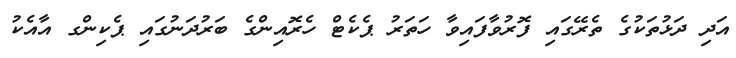
އަދި ދަޅުތަކުގެ ތެރޭގައި ފޮރުވާފައިވާ ހަތަރު ޕެކެޓް ހެރޮއިންގެ ބަރުދަނުގައި ޕެކިންގ އާއެކު